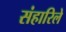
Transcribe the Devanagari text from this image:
संहारिले